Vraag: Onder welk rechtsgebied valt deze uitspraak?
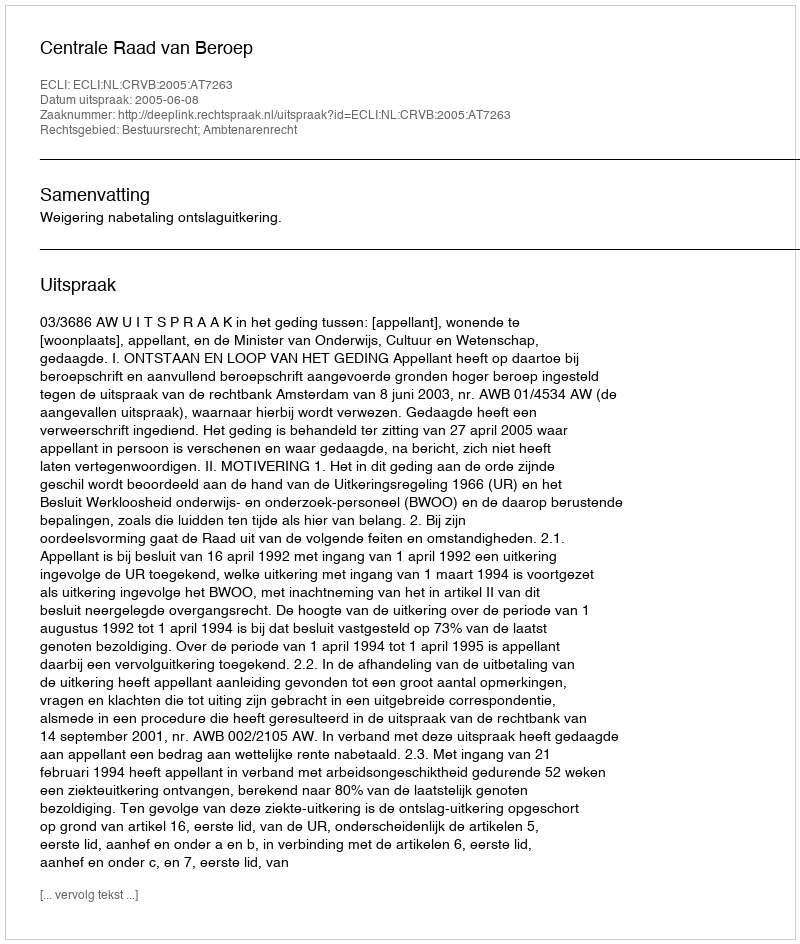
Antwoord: Bestuursrecht; Ambtenarenrecht